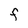
Character: F